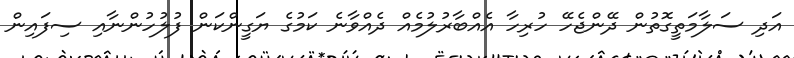
އަދި ސަލާމަތީގޮތުން ދޭންޖެހޭ ހުރިހާ އެއްބާރުލުމެއް ދެއްވާނެ ކަމުގެ ޔަގީންކަން ފުލުހުންނާއި ސިފައިން